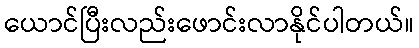
ယောင်ပြီးလည်းဖောင်းလာနိုင်ပါတယ်။